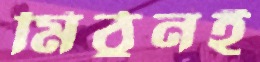
মিঠুনই